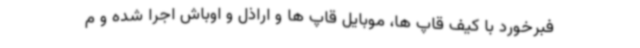
فبرخورد با کیف قاپ ها، موبایل قاپ ها و اراذل و اوباش اجرا شده و م